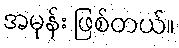
အမုန်း ဖြစ်တယ်။